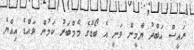
ރައީސް އަބްދު ޔާމީން ވަނީ އެ ބޯޑުގެ މެމްބަރު ކަމުން ވައްޑެ އިއްޔެ